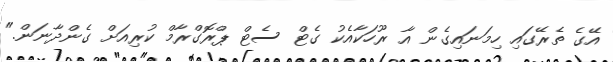
އޭގެ ތެރޭގައި ހިމަނައިގެން އާ ރޫހަކާއެކު ގެޓް ސެޓް ޕްރޮގްރާމް ކުރިއަށް ގެންދާނަން."